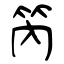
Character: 笍